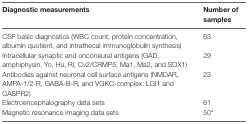
<table><thead><tr><td><b>Diagnostic measurements</b></td><td><b>Number of samples</b></td></tr></thead><tbody><tr><td>CSF basic diagnostics (WBC count, protein concentration, albumin quotient, and intrathecal immunoglobulin synthesis)</td><td>63</td></tr><tr><td>Intracellular synaptic and onconeural antigens (GAD, amphiphysin, Yo, Hu, Ri, Cv2/CRMP5, Ma1, Ma2, and SOX1)</td><td>29</td></tr><tr><td>Antibodies against neuronal cell surface antigens (NMDAR, AMPA-1/2-R, GABA-B-R, and VGKC-complex: LGI1 and CASPR2)</td><td>23</td></tr><tr><td>Electroencephalography data sets</td><td>61</td></tr><tr><td>Magnetic resonance imaging data sets</td><td>50<sup>a</sup></td></tr></tbody></table>